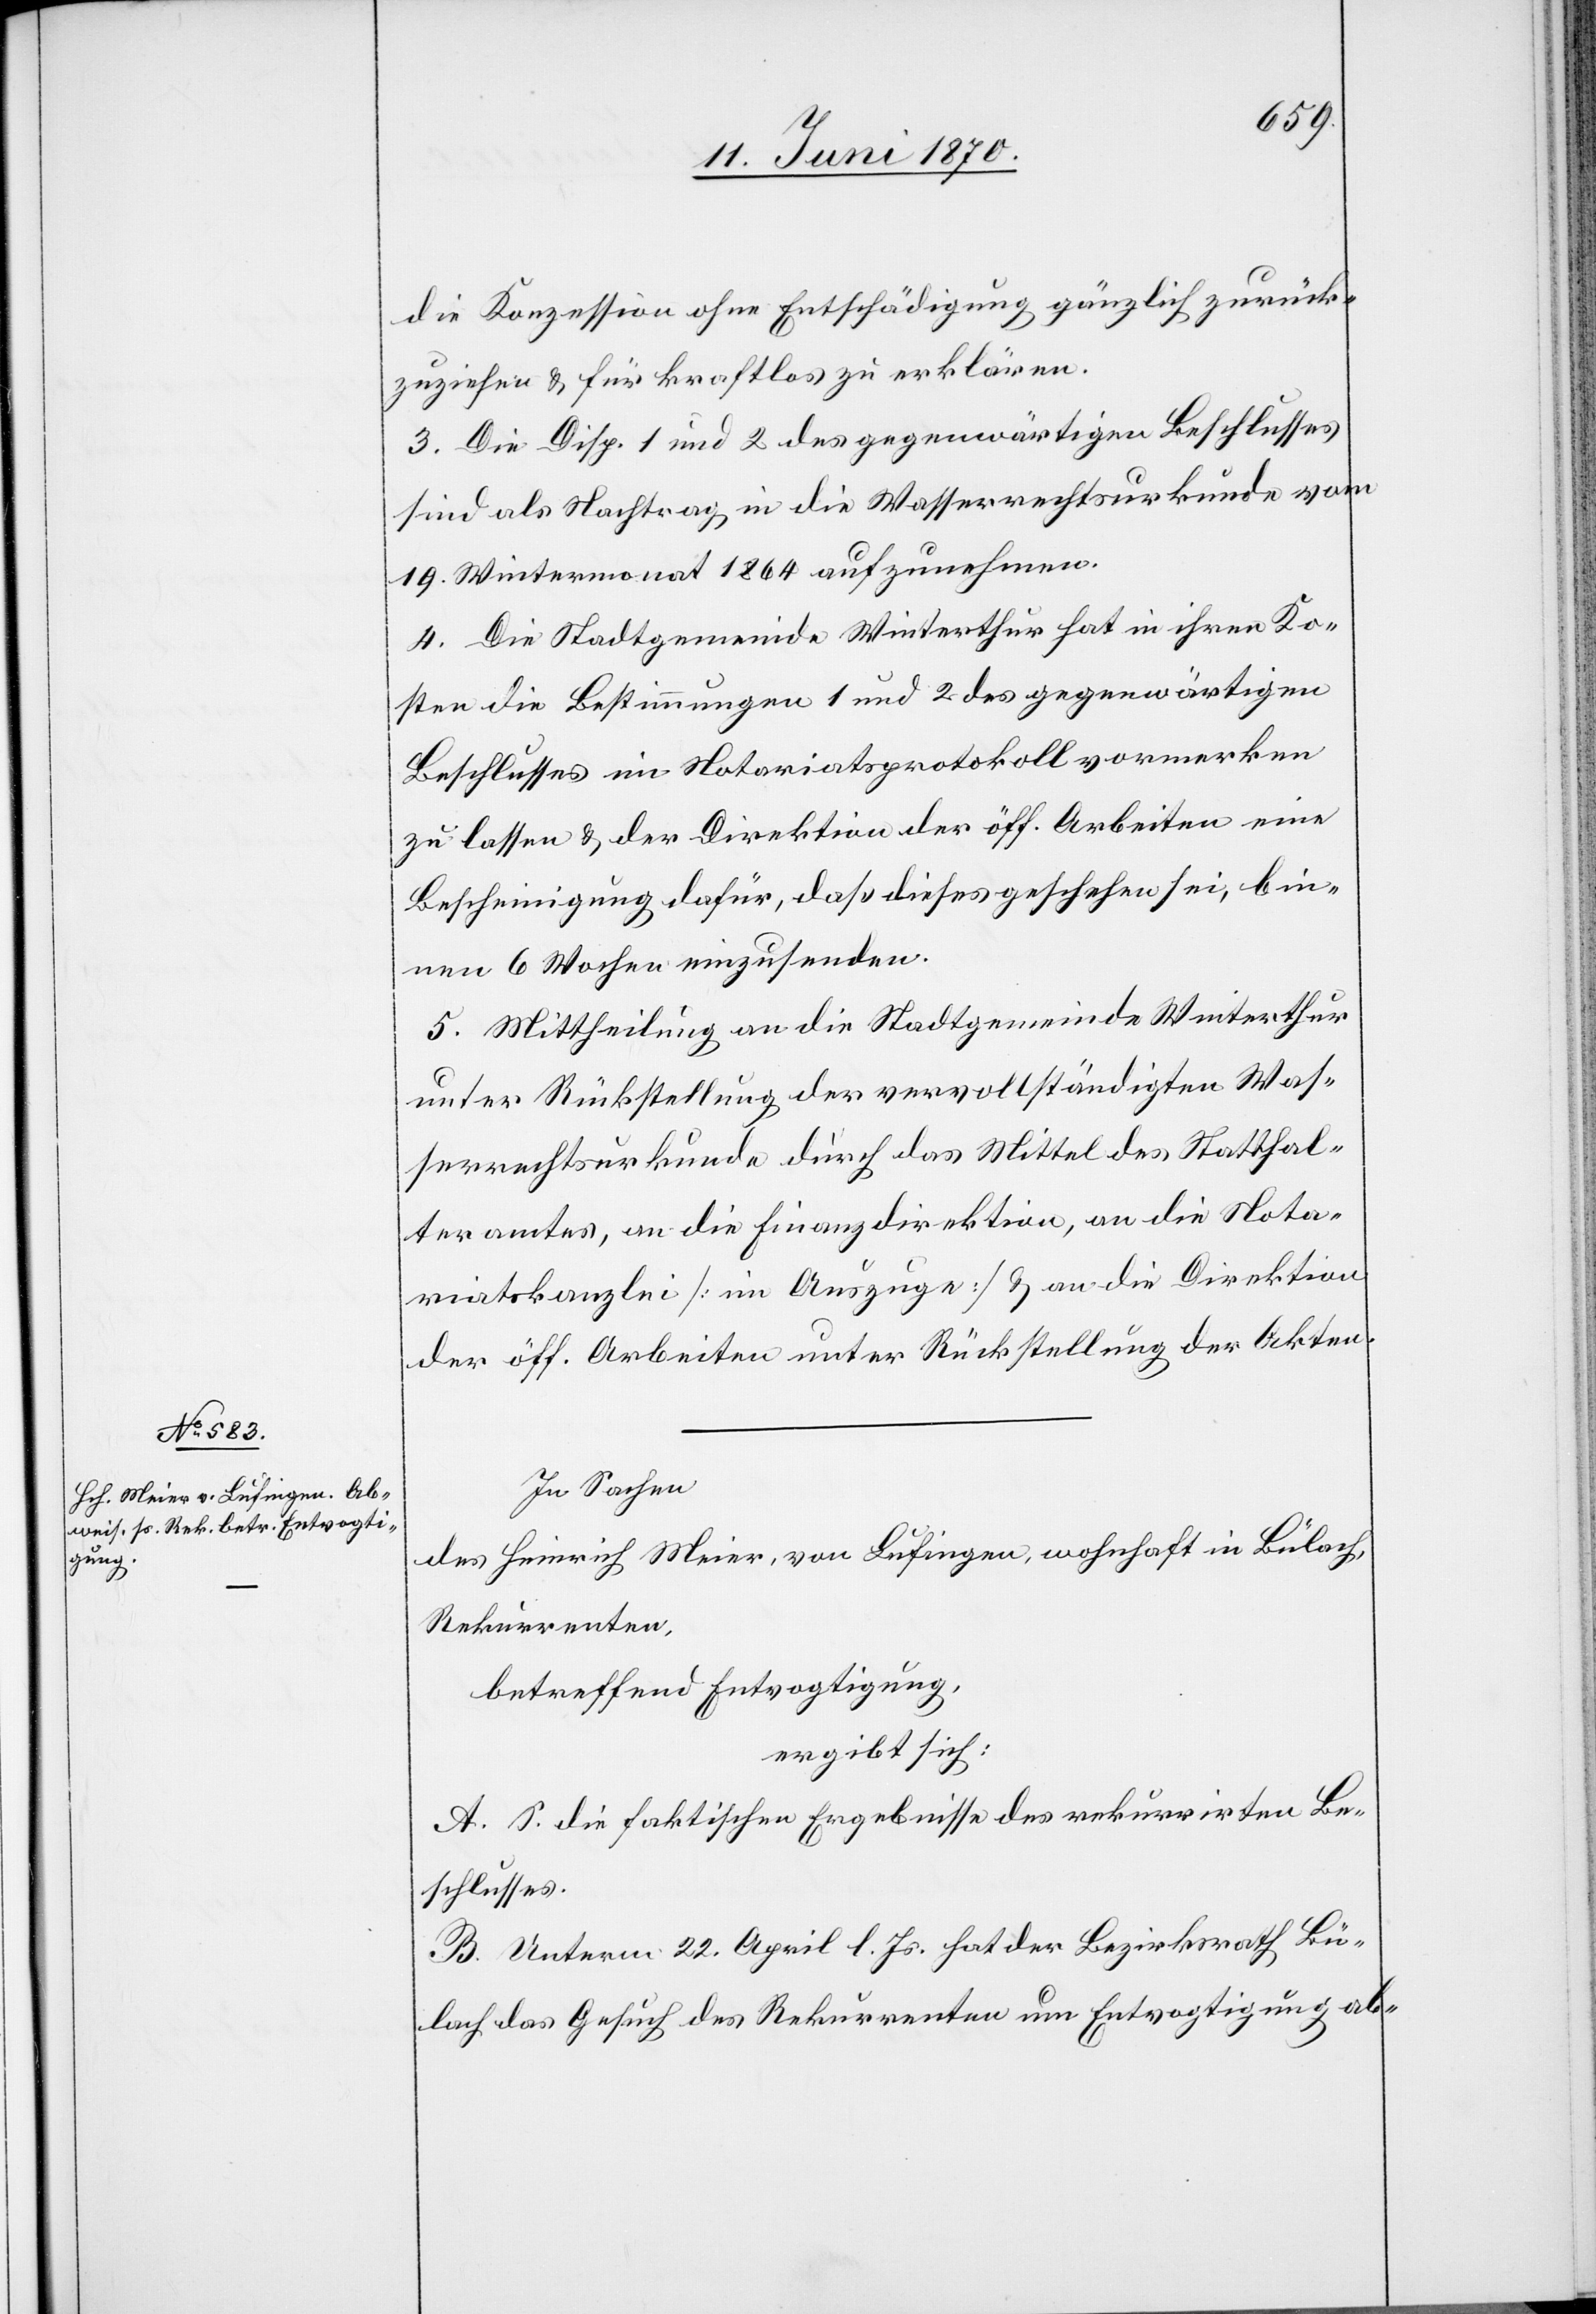
die Konzession ohne Entschädigung gänzlich zurück¬
zuziehen & für kraftlos zu erklären.
3. Die Disp. 1 und 2 des gegenwärtigen Beschlusses
sind als Nachtrag in die Wasserrechtsurkunde vom
19. Wintermonat 1864 aufzunehmen.
4. Die Stadtgemeinde Winterthur hat in ihren Ko¬
sten die Bestimmungen 1 und 2 des gegenwärtigen
Beschlusses ein Notariatsprotokoll vormerken
zu lassen & der Direktion der öff. Arbeiten eine
Bescheinigung dafür, daß dieses geschehen sei, bin¬
nen 6 Wochen einzusenden.
5. Mittheilung an die Stadtgemeinde Winterthur
unter Rückstellung der vervollständigten Was¬
serrechtsurkunde durch das Mittel des Statthal¬
teramtes, an die Finanzdirektion, an die Nota¬
riatskanzlei [im Auszuge] & an die Direktion
der öff. Arbeiten unter Rückstellung der Akten.
In Sachen
des Heinrich Meier, von Lufingen, wohnhaft in Bülach,
Rekurrenten,
betreffend Entvogtigung,
ergibt sich:
A. S. die faktischen Ergebnisse des rekurrirten Be¬
schlusses.
B. Unterm 22. April l. Js. hat der Bezirksrath Bü¬
lach das Gesuch des Rekurrenten um Entvogtigung ab-